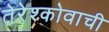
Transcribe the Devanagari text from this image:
तेरेश्कोवाची